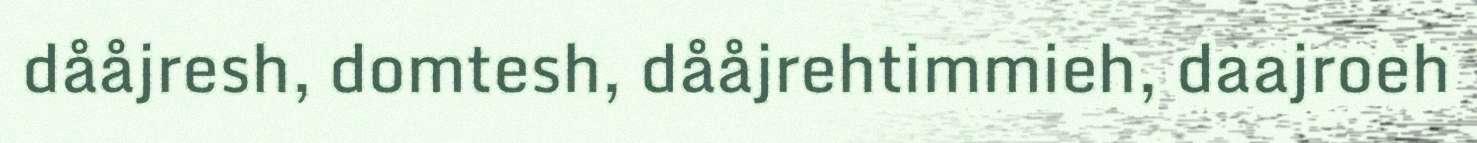
dååjresh, domtesh, dååjrehtimmieh, daajroeh